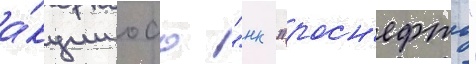
а́кции оао "нк "росн'ефть"